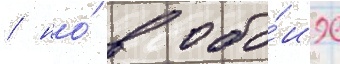
/ но́ в обо́их